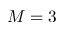
M = 3